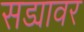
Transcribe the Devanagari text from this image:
सड्यावर